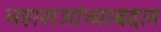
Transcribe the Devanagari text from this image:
महाराजांच्याबद्दल